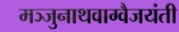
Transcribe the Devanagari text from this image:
मञ्जुनाथवाग्वैजयंती